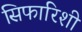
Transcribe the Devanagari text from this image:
सिफारिशी